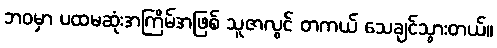
ဘဝမှာ ပထမဆုံးအကြိမ်အဖြစ် သူဇာလွင် တကယ် သေချင်သွားတယ်။